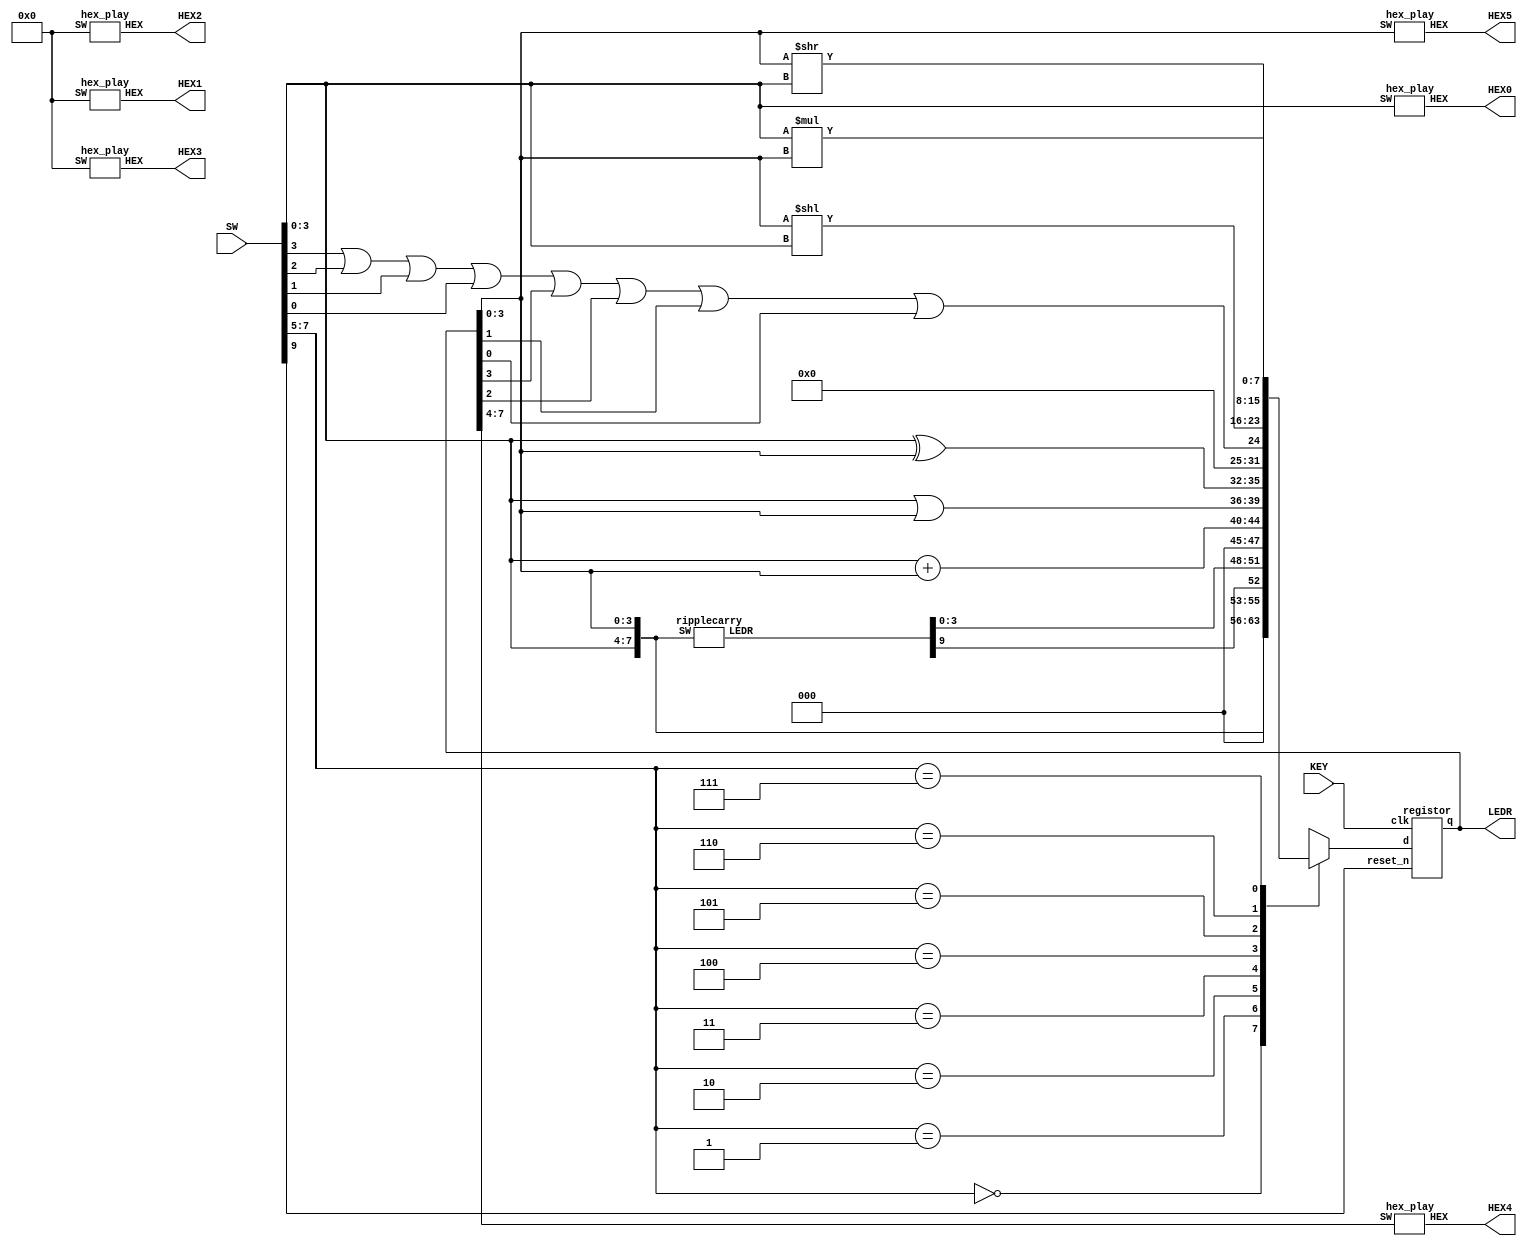
module aluregister(SW, KEY, LEDR, HEX0, HEX1, HEX2, HEX3, HEX4, HEX5);
	input [9:0] SW; // SW[3:0] = A; SW[9] = reset_n; SW[7:5] = function_input
	input [0:0] KEY; // KEY[0] = clk
	output [7:0] LEDR; // LEDR = ALUout; B = LEDR[3:0] = ALUout[3:0]
	output [6:0] HEX0, HEX1, HEX2, HEX3, HEX4, HEX5; // HEX0 = A; HEX[1:3] = 0; {HEX4, HEX5} = ALUout[7:0]
	
	reg [7:0] ALUout;
	wire w1, w2;
	wire [9:0] w3;
	wire [7:0] wout;
	
	registor r0(
		.d(ALUout[7:0]),
		.clk(KEY[0]),
		.reset_n(SW[9]),
		.q(wout[7:0])
	);
	
	function5 a(
		.a(SW[3:0]),
		.c(w1)
	);
	
	function5 b(
		.a(wout[3:0]),
		.c(w2)
	);
	
	ripplecarry r(
		.SW({SW[3:0], wout[3:0]}),
		.LEDR(w3)
	);
	
	always @(*)
	begin
		case(SW[7:5])
			3'b000: ALUout = {SW[3:0], wout[3:0]};
			3'b001: ALUout = {3'b000, w3[9], w3[3:0]};
			3'b010: ALUout = SW[3:0] + wout[3:0];
			3'b011: ALUout = {SW[3:0] | wout[3:0], SW[3:0] ^ wout[3:0]};
			3'b100: ALUout = {7'b0000000, SW[3] | SW[2] | SW[1] | SW[0] | wout[3] | wout[2] | wout[1] | wout[0]};
			3'b101: ALUout = wout[3:0] << SW[3:0];
			3'b110: ALUout = wout[3:0] >> SW[3:0];
			3'b111: ALUout = SW[3:0] * wout[3:0];
			default: ALUout = 8'b00000000;
		endcase
	end
	
	assign LEDR[7:0] = wout[7:0];
	
	hex_play hex0(
		.SW(SW[3:0]),
		.HEX(HEX0[6:0])
	);
	hex_play hex1(
		.SW(4'b0000),
		.HEX(HEX1[6:0])
	);
	hex_play hex2(
		.SW(4'b0000),
		.HEX(HEX2[6:0])
	);
	hex_play hex3(
		.SW(4'b0000),
		.HEX(HEX3[6:0])
	);
	hex_play hex4(
		.SW(LEDR[7:4]),
		.HEX(HEX4[6:0])
	);
	hex_play hex5(
		.SW(LEDR[3:0]),
		.HEX(HEX5[6:0])
	);
endmodule




// registor
module registor(d, clk, reset_n, q);
	input [7:0] d;
	input clk, reset_n;
	output [7:0] q;
	reg [7:0] q;
	always @(posedge clk)
	begin
		if (reset_n == 1'b0)
			q <= 8'b00000000;
		else
			q <= d;
	end
endmodule






// function5
module function5(a, c);
	input [3:0] a;
	output c;
	reg m;
	always @(*)
	begin
		case(a)
			4'b0000: m = 1;
			4'b0001: m = 0;
			4'b0010: m = 0;
			4'b0011: m = 1;
			4'b0100: m = 0;
			4'b0101: m = 1;
			4'b0110: m = 1;
			4'b0111: m = 0;
			4'b1000: m = 0;
			4'b1001: m = 1;
			4'b1010: m = 1;
			4'b1011: m = 0;
			4'b1100: m = 1;
			4'b1101: m = 0;
			4'b1110: m = 0;
			4'b1111: m = 1;
			default: m = 0;
		endcase
	end
	assign c = m;
endmodule






// ripple carry
module ripplecarry(SW, LEDR);
	input [7:0] SW;
	output [9:0] LEDR;
	
	wire c0, c1, c2;
	
	fulladder fa0(
		.a(SW[4]),
		.b(SW[0]),
		.cin(1'b0),
		.cout(c0),
		.s(LEDR[0])
	);
	
	fulladder fa1(
		.a(SW[5]),
		.b(SW[1]),
		.cin(c0),
		.cout(c1),
		.s(LEDR[1])
	);
	
	fulladder fa2(
		.a(SW[6]),
		.b(SW[2]),
		.cin(c1),
		.cout(c2),
		.s(LEDR[2])
	);
	
	fulladder fa3(
		.a(SW[7]),
		.b(SW[3]),
		.cin(c2),
		.cout(LEDR[9]),
		.s(LEDR[3])
	);
endmodule

module fulladder(a, b, cin, cout, s);
	input a;
	input b;
	input cin;
	output cout;
	output s;
	
	assign s = cin ^ (a ^ b);
	assign cout = ((a ^ b) & cin) | (~(a ^ b) & b);
endmodule








// Hex
module hex_play(SW,HEX);
	input [3:0] SW;
	output [6:0] HEX;
	
	zero m1(
		.a(SW[0]),
		.b(SW[1]),
		.c(SW[2]),
		.d(SW[3]),
		.m(HEX[0])
		);
	one m2(
		.a(SW[0]),
		.b(SW[1]),
		.c(SW[2]),
		.d(SW[3]),
		.m(HEX[1])
		);
	two m3(
		.a(SW[0]),
		.b(SW[1]),
		.c(SW[2]),
		.d(SW[3]),
		.m(HEX[2])
		);
	three m4(
		.a(SW[0]),
		.b(SW[1]),
		.c(SW[2]),
		.d(SW[3]),
		.m(HEX[3])
		);
   four m5(
		.a(SW[0]),
		.b(SW[1]),
		.c(SW[2]),
		.d(SW[3]),
		.m(HEX[4])
		);
	five m6(
		.a(SW[0]),
		.b(SW[1]),
		.c(SW[2]),
		.d(SW[3]),
		.m(HEX[5])
		);
	six m7(
		.a(SW[0]),
		.b(SW[1]),
		.c(SW[2]),
		.d(SW[3]),
		.m(HEX[6])
		);
endmodule

module zero(a,b,c,d,m);
	input a;
	input b;
	input c;
	input d;
	output m;
	
	assign m = ~((b & c) | (~a & d) | (~a & ~c) | (~b & ~c & d) | (a & c & ~d) | (b & ~c & ~d));
endmodule

module one(a,b,c,d,m);
	input a;
	input b;
	input c;
	input d;
	output m;
	
	assign m = ~((~c & ~a) | (~c & ~d) | (d & a & ~b) | (~d & a & b) | (~d & ~a & ~b));
endmodule

module two(a,b,c,d,m);
	input a;
	input b;
	input c;
	input d;
	output m;
	
	assign m = ~((c & ~d) | (~c & d) | (a & ~c) | (a & ~b) | (~d & ~a & ~b));
endmodule

module three(a,b,c,d,m);
	input a;
	input b;
	input c;
	input d;
	output m;
	
	assign m = ~((c & a & ~b) | (c & ~a & b) | (d & ~a & ~b) | (~c & ~a & ~b) | (~c & a & b) | (b & ~c & ~d));
endmodule

module four(a,b,c,d,m);
	input a;
	input b;
	input c;
	input d;
	output m;

   assign m = ~((b & d) | (~a & d) | (~c & ~a) | (c & d & ~b) | (~d & ~a & b));
endmodule

module five(a,b,c,d,m);
	input a;
	input b;
	input c;
	input d;
	output m;
	
	assign m = ~((b & d) | (~a & d) | (~a & c) | (~a & ~b) | (~b & c & ~d) | (~b & ~c & d));
endmodule

module six(a,b,c,d,m);
	input a;
	input b;
	input c;
	input d;
	output m;
	
	assign m = ~((d & a) | (d & b) | (~c & b) | (~a & c & ~d) | (~b & c & ~d) | (~b & ~c & d));
endmodule